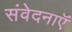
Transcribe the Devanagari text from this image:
संवेदनाऍं